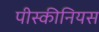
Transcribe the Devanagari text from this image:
पीस्कीनियस